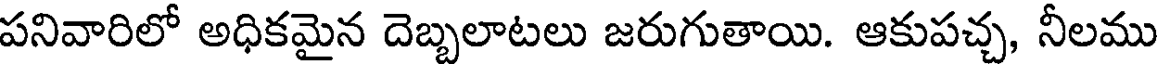
పనివారిలో అధికమైన దెబ్బలాటలు జరుగుతాయి. ఆకుపచ్చ, నీలము